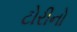
ટોરીનો